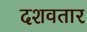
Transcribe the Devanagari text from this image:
दशवतार